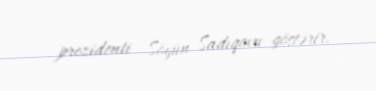
prezidenti Söyün Sadıqovu göstərir.